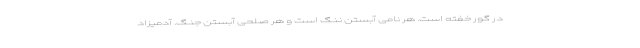
در گور خفته است. هر نامی آبستن ننگ است و هر صلحی آبستن جنگ. آدمیزاد